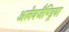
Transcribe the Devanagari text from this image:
अलेक्जैण्ड्रिया